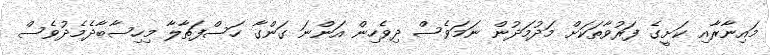
މައިނާރާއި ކަށީގެ ފަރުވާތަކަށް މަދުމަދުން ނަމަވެސް ދިވެހިން އަންނަ ގަންގާ ހަސްފަތާލާ މިހިސާބާދެމެދުވެސް